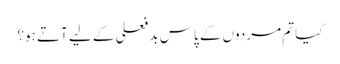
کیا تم مردوں کے پاس بد فعلی کے لیے آتے ہو؟